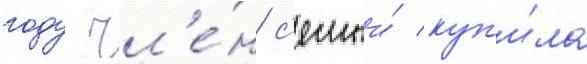
году чл'е́н с'емьи́ куп'и́ла